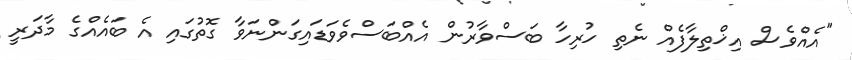
"އެއްވެސް އިޚްތިލާފެއް ނެތި ހުރިހާ ބަސްވާރުން އެއްބަސްވެވަޑައިގަންނަވާ ގޮތުގައި އެ ބައެއްގެ މާދަރީ